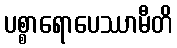
ပစ္စာရောပေဿာမီတိ